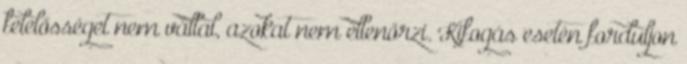
felelősséget nem vállal, azokat nem ellenőrzi. Kifogás esetén forduljon